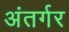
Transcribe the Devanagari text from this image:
अंतर्गर